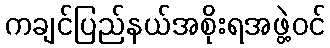
ကချင်ပြည်နယ်အစိုးရအဖွဲ့ဝင်